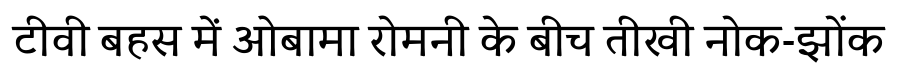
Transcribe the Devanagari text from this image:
टीवी बहस में ओबामा रोमनी के बीच तीखी नोक-झोंक